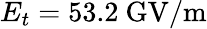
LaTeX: E_{t}=53.2\mathrm{~GV/m}